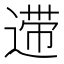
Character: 𰻆